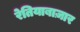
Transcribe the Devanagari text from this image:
रेतियाबाज़ार